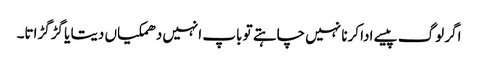
اگر لوگ پیسے ادا کرنا نہیں چاہتے تو باپ انہیں دھمکیاں دیتا یا گڑگڑاتا۔